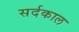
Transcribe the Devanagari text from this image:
सर्दकाल